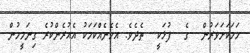
ހަމަކަށަވަރުން  ގެ  ފުޅަކީ  ތެދެވެ. އެހެނެއްކަމަކު އެއުރެންކުރެ ގިނަމީހުން